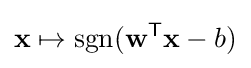
\mathbf {x} \mapsto \operatorname {sgn}(\mathbf {w} ^{\mathsf {T}}\mathbf {x} -b)